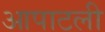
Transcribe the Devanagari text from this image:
आपाटली